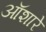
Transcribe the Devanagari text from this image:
ऑशारे